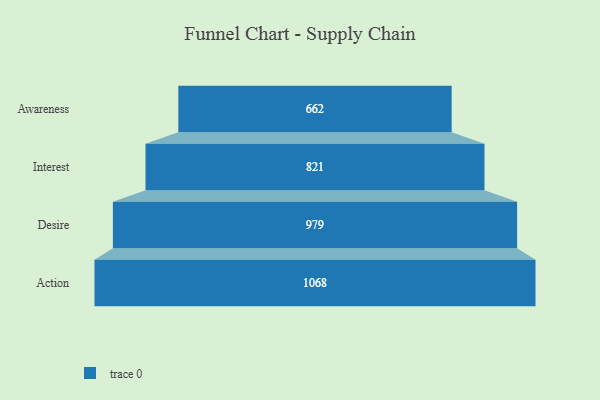
{"axis": {"x": "Stage", "y": "Value"}, "legend": [""], "data": [{"x": "Awareness", "y": 662.0, "type": ""}, {"x": "Interest", "y": 821.0, "type": ""}, {"x": "Desire", "y": 979.0, "type": ""}, {"x": "Action", "y": 1068.0, "type": ""}]}